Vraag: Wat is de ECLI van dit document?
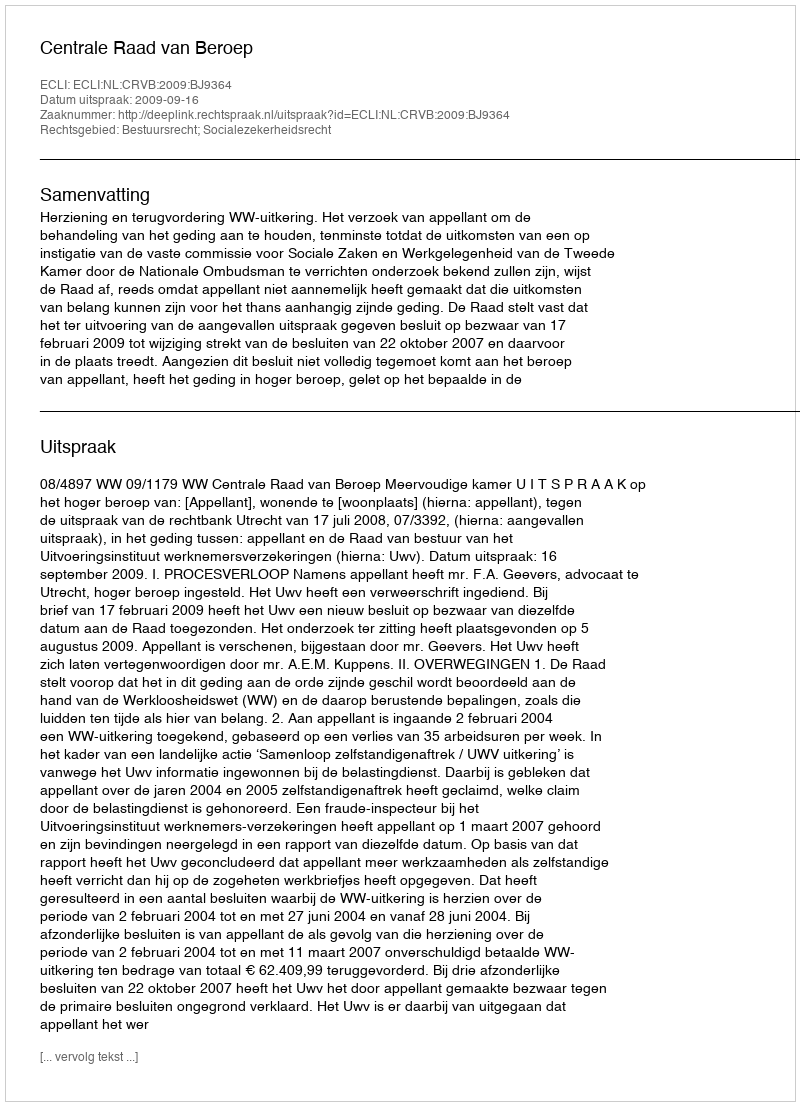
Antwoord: ECLI:NL:CRVB:2009:BJ9364